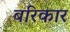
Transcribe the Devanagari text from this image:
बरिकार